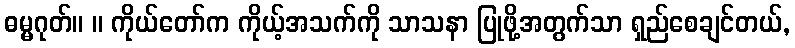
ဓမ္မဂုတ်။ ။ ကိုယ်တော်က ကိုယ့်အသက်ကို သာသနာ ပြုဖို့အတွက်သာ ရှည်စေချင်တယ်,